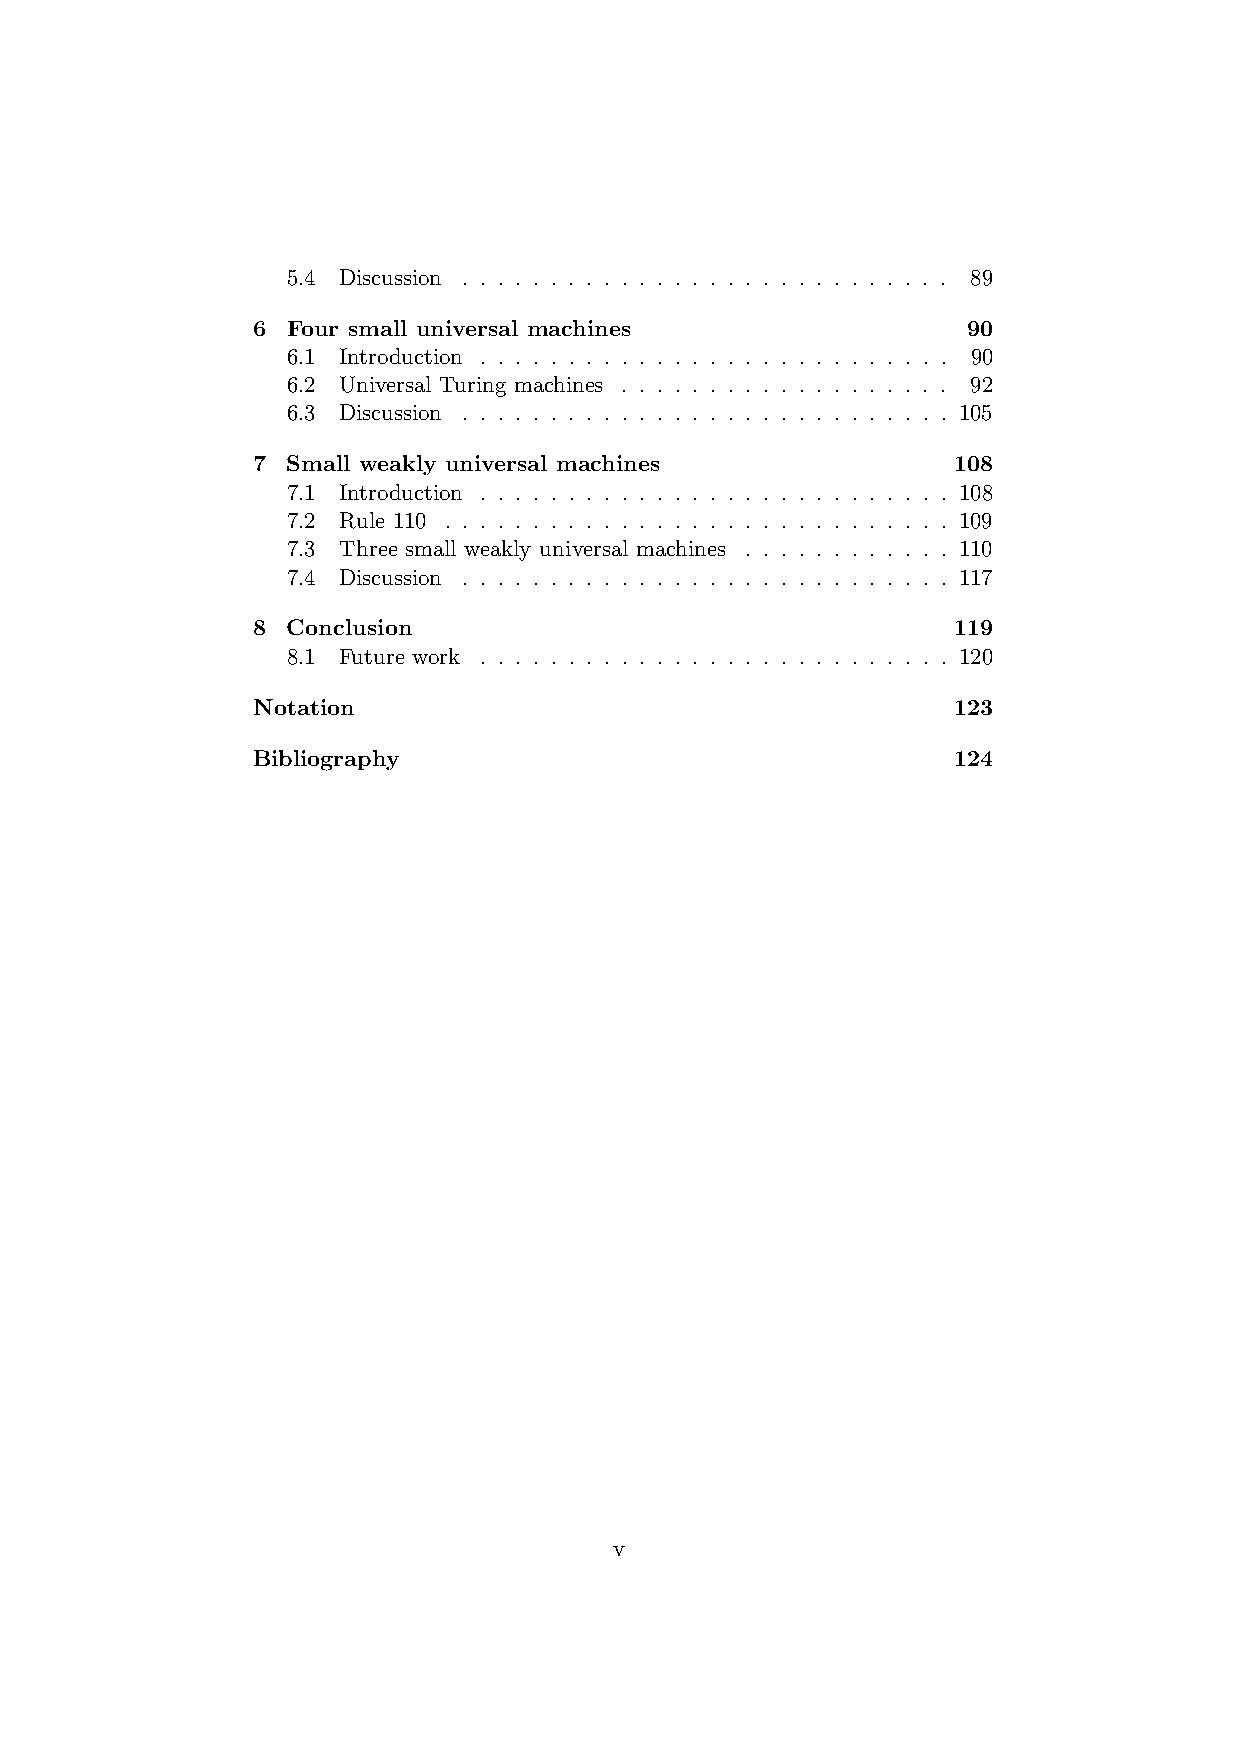
5.4 Discussion . . . . . . . . . . . . . . . . . . . . . . . . . . . . 89
 6 Four small universal machines                90
 6.1 Introduction . . . . . . . . . . . . . . . . . . . . . . . . . . . 90
 6.2 Universal Turing machines . . . . . . . . . . . . . . . . . . . 92
 6.3 Discussion . . . . . . . . . . . . . . . . . . . . . . . . . . . . 105
 7 Small weakly universal machines             108
 7.1 Introduction . . . . . . . . . . . . . . . . . . . . . . . . . . . 108
 7.2 Rule 110 . . . . . . . . . . . . . . . . . . . . . . . . . . . . . 109
 7.3 Three small weakly universal machines . . . . . . . . . . . . 110
 7.4 Discussion . . . . . . . . . . . . . . . . . . . . . . . . . . . . 117
 8 Conclusion                                  119
 8.1 Future work . . . . . . . . . . . . . . . . . . . . . . . . . . . 120
 Notation                                      123
 Bibliography                                  124
 v